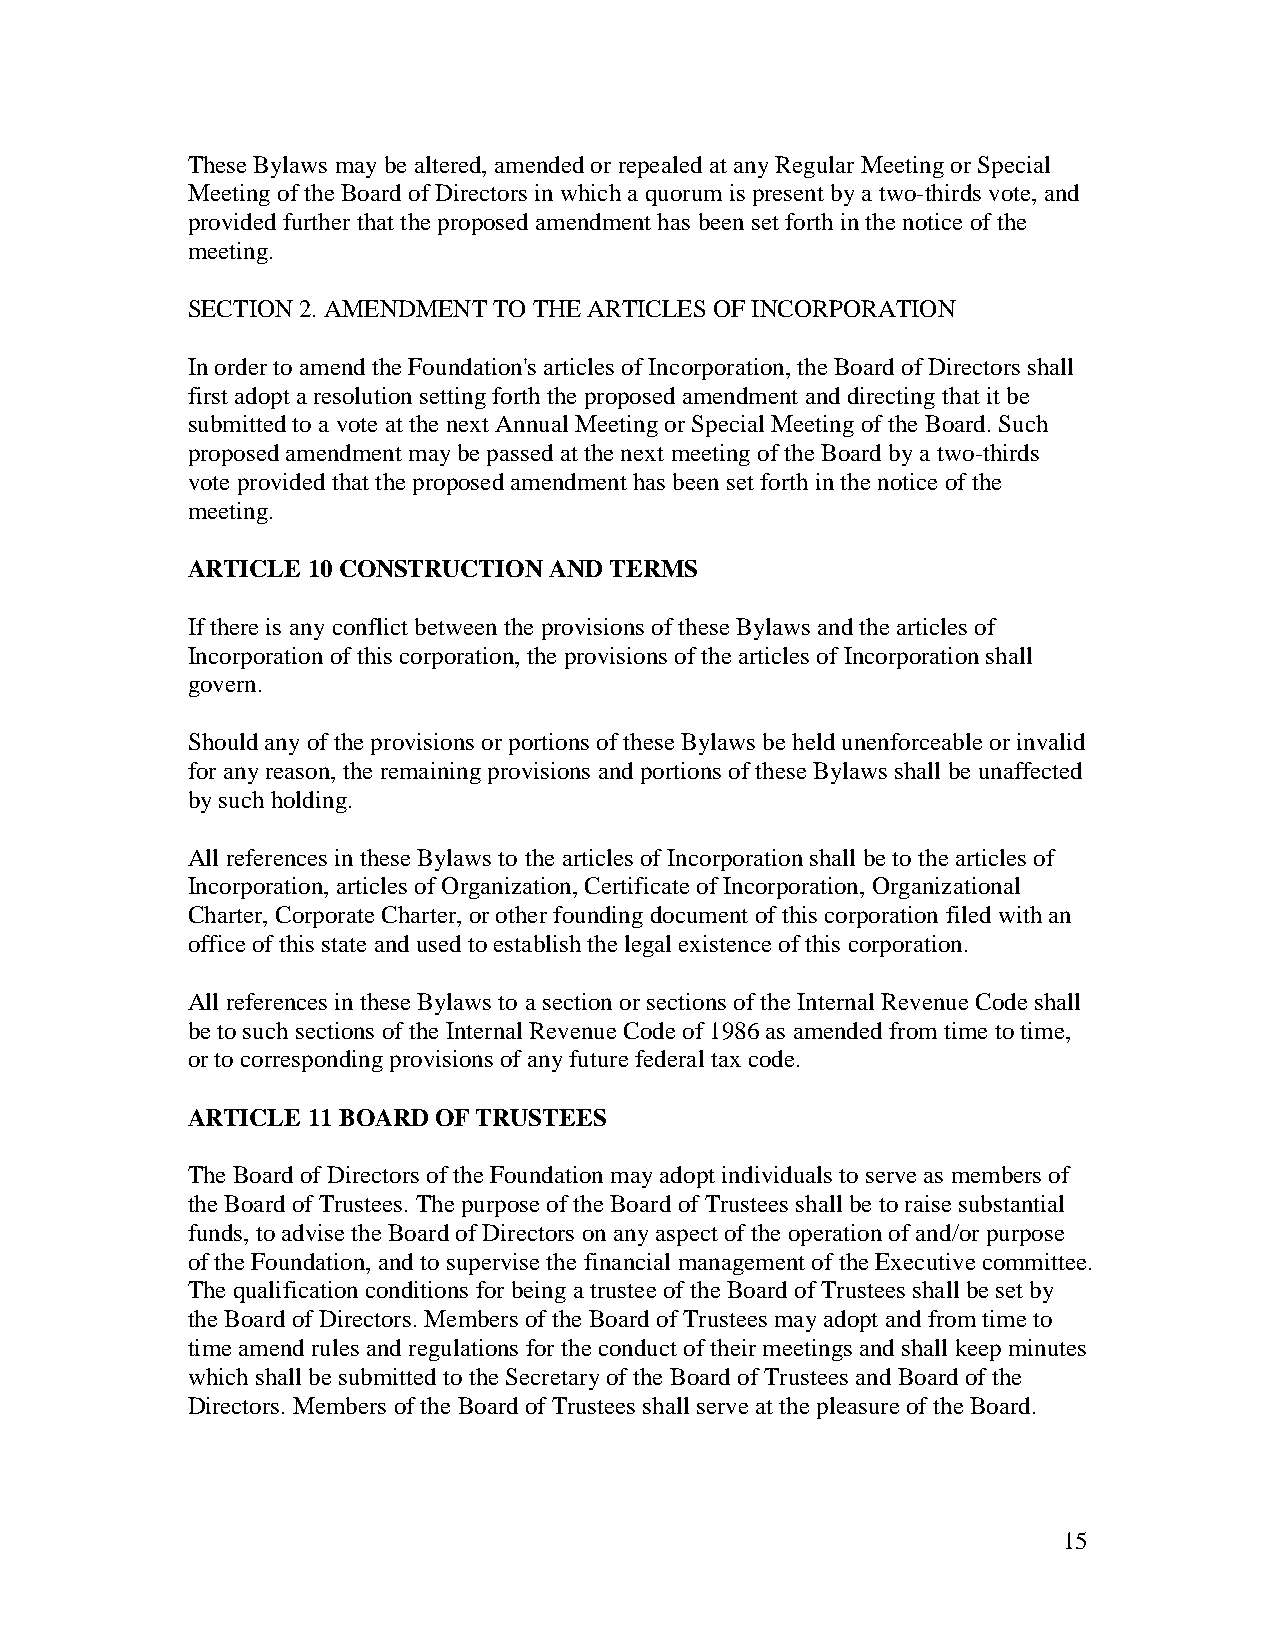
These Bylaws may be altered, amended or repealed at any Regular Meeting or Special
 Meeting of the Board of Directors in which a quorum is present by a two-thirds vote, and
 provided further that the proposed amendment has been set forth in the notice of the
 meeting.
 SECTION 2. AMENDMENT TO THE ARTICLES OF INCORPORATION
 In order to amend the Foundation's articles of Incorporation, the Board of Directors shall
 first adopt a resolution setting forth the proposed amendment and directing that it be
 submitted to a vote at the next Annual Meeting or Special Meeting of the Board. Such
 proposed amendment may be passed at the next meeting of the Board by a two-thirds
 vote provided that the proposed amendment has been set forth in the notice of the
 meeting.
 ARTICLE 10 CONSTRUCTION AND TERMS
 If there is any conflict between the provisions of these Bylaws and the articles of
 Incorporation of this corporation, the provisions of the articles of Incorporation shall
 govern.
 Should any of the provisions or portions of these Bylaws be held unenforceable or invalid
 for any reason, the remaining provisions and portions of these Bylaws shall be unaffected
 by such holding.
 All references in these Bylaws to the articles of Incorporation shall be to the articles of
 Incorporation, articles of Organization, Certificate of Incorporation, Organizational
 Charter, Corporate Charter, or other founding document of this corporation filed with an
 office of this state and used to establish the legal existence of this corporation.
 All references in these Bylaws to a section or sections of the Internal Revenue Code shall
 be to such sections of the Internal Revenue Code of 1986 as amended from time to time,
 or to corresponding provisions of any future federal tax code.
 ARTICLE 11 BOARD OF TRUSTEES
 The Board of Directors of the Foundation may adopt individuals to serve as members of
 the Board of Trustees. The purpose of the Board of Trustees shall be to raise substantial
 funds, to advise the Board of Directors on any aspect of the operation of and/or purpose
 of the Foundation, and to supervise the financial management of the Executive committee.
 The qualification conditions for being a trustee of the Board of Trustees shall be set by
 the Board of Directors. Members of the Board of Trustees may adopt and from time to
 time amend rules and regulations for the conduct of their meetings and shall keep minutes
 which shall be submitted to the Secretary of the Board of Trustees and Board of the
 Directors. Members of the Board of Trustees shall serve at the pleasure of the Board.
 15